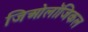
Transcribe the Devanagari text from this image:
जिओलॉजिकल